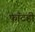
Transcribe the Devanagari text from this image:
फाँटही